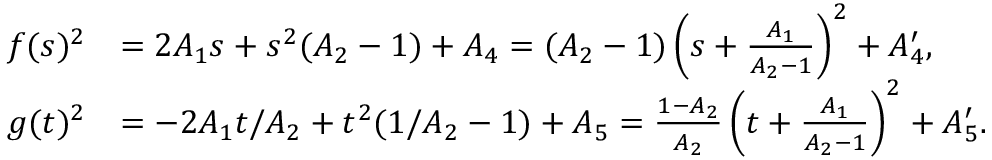
\begin{array} { r l } { f ( s ) ^ { 2 } } & { = 2 A _ { 1 } s + s ^ { 2 } ( A _ { 2 } - 1 ) + A _ { 4 } = ( A _ { 2 } - 1 ) \left( s + \frac { A _ { 1 } } { A _ { 2 } - 1 } \right) ^ { 2 } + A _ { 4 } ^ { \prime } , } \\ { g ( t ) ^ { 2 } } & { = - 2 A _ { 1 } t / A _ { 2 } + t ^ { 2 } ( 1 / A _ { 2 } - 1 ) + A _ { 5 } = \frac { 1 - A _ { 2 } } { A _ { 2 } } \left( t + \frac { A _ { 1 } } { A _ { 2 } - 1 } \right) ^ { 2 } + A _ { 5 } ^ { \prime } . } \end{array}